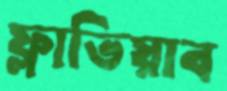
ফ্লাভিয়াব